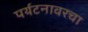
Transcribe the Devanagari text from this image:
पर्यटनावरचा